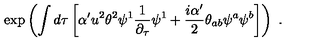
\exp \left( \int d \tau \left[ \alpha ^ { \prime } u ^ { 2 } \theta ^ { 2 } \psi ^ { 1 } \frac { 1 } { \partial _ { \tau } } \psi ^ { 1 } + \frac { i \alpha ^ { \prime } } { 2 } \theta _ { a b } \psi ^ { a } \psi ^ { b } \right] \right) \ .